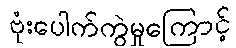
ဗုံးပေါက်ကွဲမှုကြောင့်